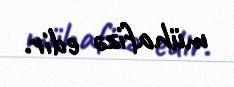
mühafizə edir.